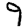
Digit: 9